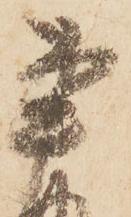
書